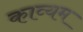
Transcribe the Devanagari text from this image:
काव्यम